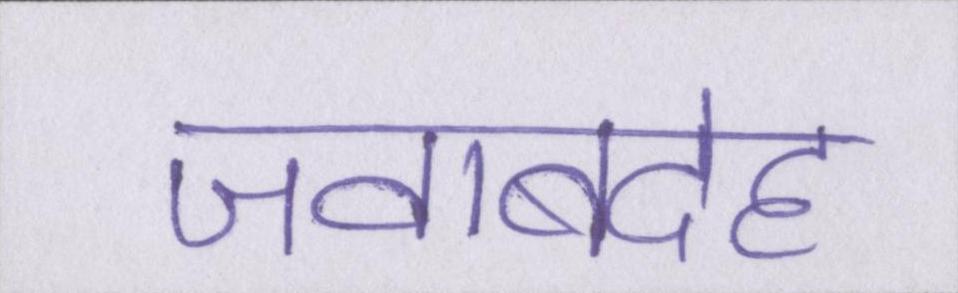
जवाबदेह